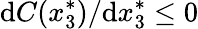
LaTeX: \mathrm{d}C(x_{3}^{*})/\mathrm{d}x_{3}^{*}\leq 0